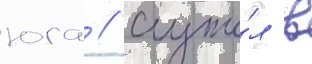
юга // Служи́л в